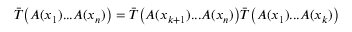
\bar { T } \bigl ( A ( x _ { 1 } ) . . . A ( x _ { n } ) \bigr ) = \bar { T } \bigl ( A ( x _ { k + 1 } ) . . . A ( x _ { n } ) \bigr ) \bar { T } \bigl ( A ( x _ { 1 } ) . . . A ( x _ { k } ) \bigr )